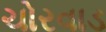
ચોરવાડ